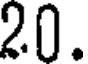
20.